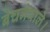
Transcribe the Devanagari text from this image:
बेचनेवाले।